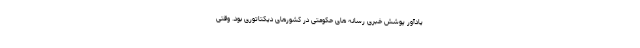
یادآور پوشش خبری رسانه های حکومتی در کشورهای دیکتاتوری بود. وقتی